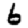
Digit: 6